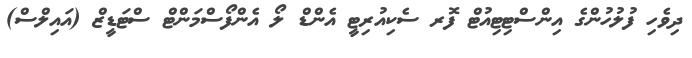
ދިވެހި ފުލުހުންގެ އިންސްޓިޓިއުޓް ފޮރ ސެކިއުރިޓީ އެންޑް ލޯ އެންފޯސްމަންޓް ސްޓަޑީޒް (އައިލްސް)